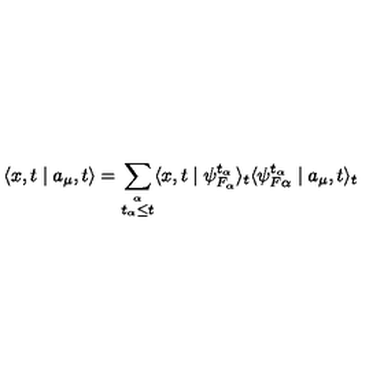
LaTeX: \langle x , t \mid a _ { \mu } , t \rangle = \sum _ { \stackrel { \alpha } { t _ { \alpha } \leq t } } \langle x , t \mid \psi _ { F _ { \alpha } } ^ { t _ { \alpha } } \rangle _ { t } \langle \psi _ { F \alpha } ^ { t _ { \alpha } } \mid a _ { \mu } , t \rangle _ { t }